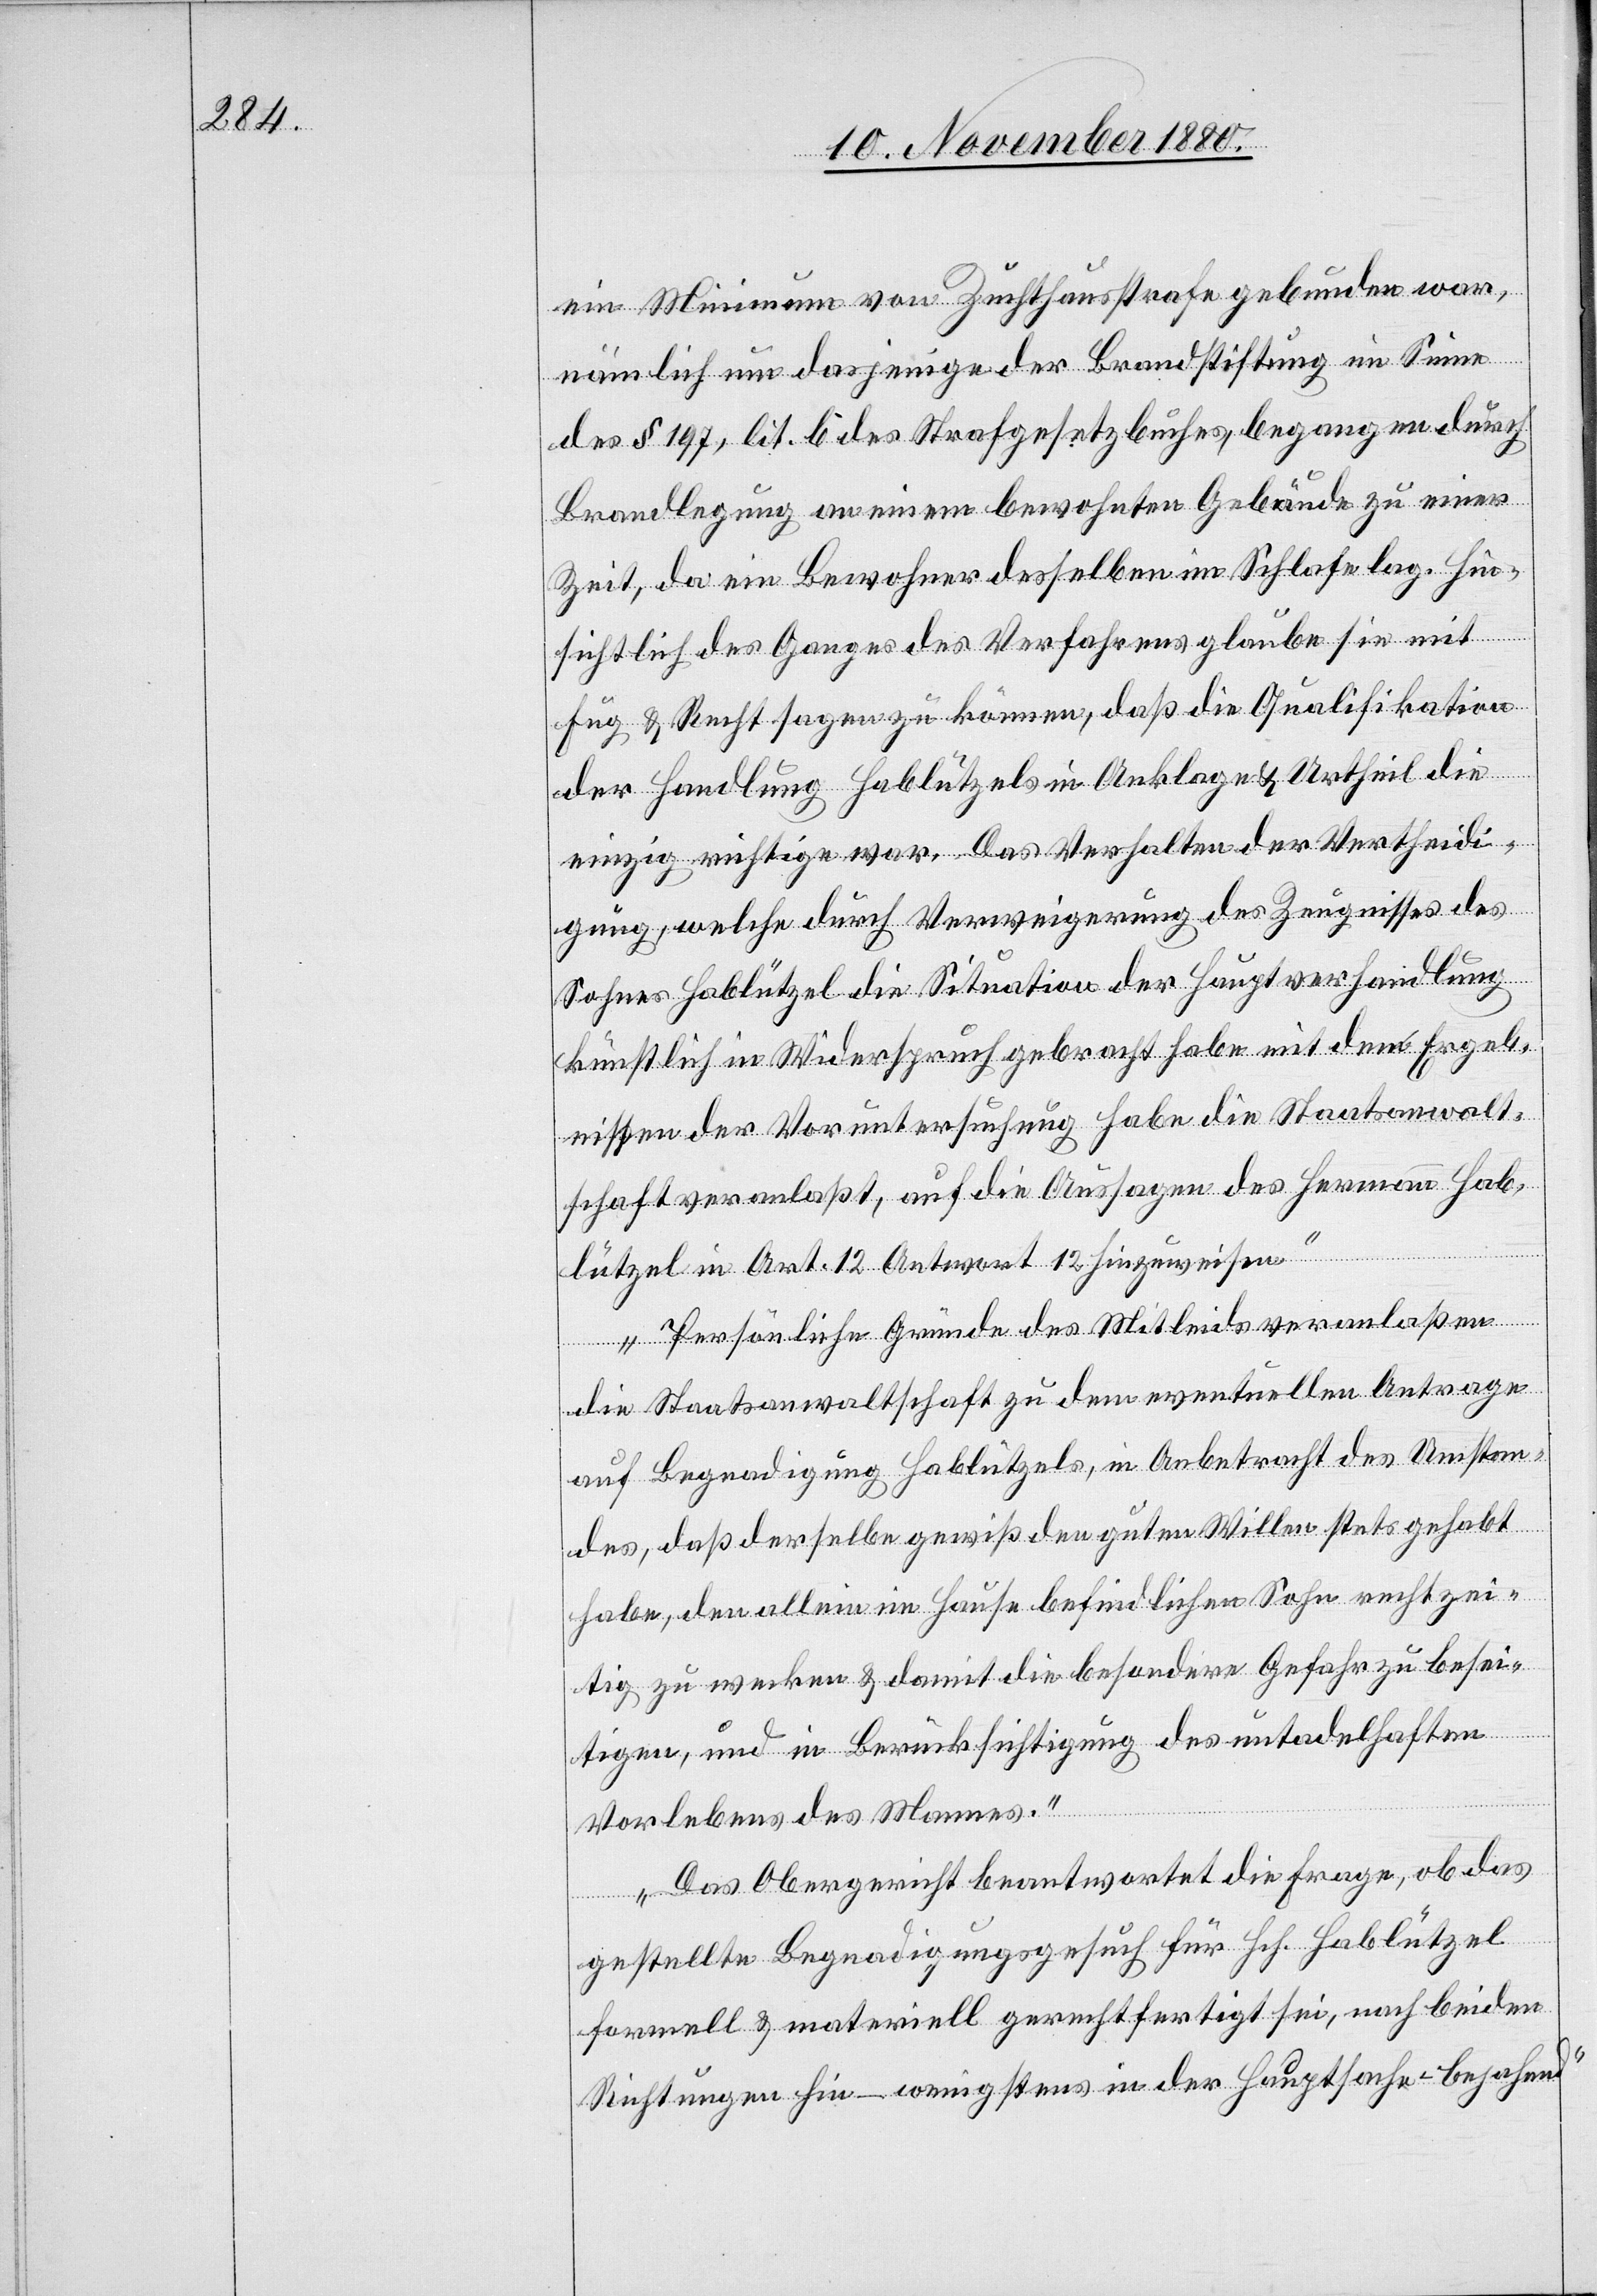
ein Minimum von Zuchthausstrafe gebunden war,
nämlich um dasjenige der Brandstiftung im Sinne
des § 197, lit. b des Strafgesetzbuches, begangen durch
Brandlegung an einem bewohnten Gebäude zu einer
Zeit, da ein Bewohner desselben im Schlafe lag. Hin¬
sichtlich des Ganges des Verfahrens glaube sie mit
Fug & Recht sagen zu können, daß die Qualifikation
der Handlung Hablützels in Anklage & Urtheil die
einzig richtige war. Das Verhalten der Vertheidi¬
gung, welche durch Verweigerung des Zeugnisses des
Sohnes Hablützel die Situation der Hauptverhandlung
künstlich in Widerspruch gebracht habe mit den Ergeb¬
nissen der Voruntersuchung habe die Staatsanwalt¬
schaft veranlaßt, auf die Aussage des Hermann Hab¬
lützel in Art. 12 Antwort 12 hinzuweisen.
Persönliche Gründe des Mitleids veranlaßen
die Staatsanwaltschaft zu dem eventuellen Antrage
auf Begnadigung Hablützels, in Anbetracht des Umstan¬
des, daß derselbe gewiß den guten Willen stets gehabt
habe, den allein im Hause befindlichen Sohn rechtzei¬
tig zu wecken & damit die besondere Gefahr zu besei¬
tigen, und in Berücksichtigung des untadelhaften
Vorlebens des Mannes.
Das Obergericht beantwortet die Frage, ob das
gestellte Begnadigungsgesuch für Hch. Hablützel
formell & materiell gerechtfertigt sei, nach beiden
Richtungen hin – wenigstens in der Hauptsache bejahend.